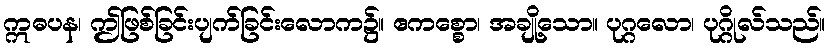
ဣဓပန၊ ဤဖြစ်ခြင်းပျက်ခြင်းလောက၌။ ဧကစ္စော၊ အချို့သော။ ပုဂ္ဂလော၊ ပုဂ္ဂိုလ်သည်။